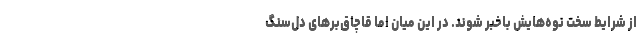
از شرایط سخت نوه‌هایش باخبر شوند. در این میان اما قاچاق‌برهای دل‌سنگ